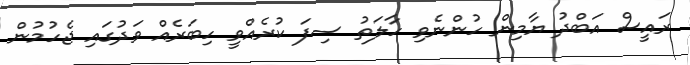
ރައީސް އަބްދު ޔާމިން ހުންނެވި ހާލަތު ސިފަ ކުރެއްވީ ހިބަރެއް ވަދުގައި ޖެހުމުން